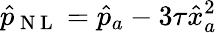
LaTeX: \hat{p}_{\mathrm{~N~L~}}=\hat{p}_{a}-3\tau\hat{x}_{a}^{2}